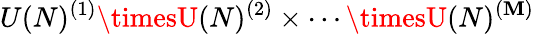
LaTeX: U(N)^{(1)}\timesU(N)^{(2)}\times\cdots\timesU(N)^{(\mathbf{M})}